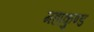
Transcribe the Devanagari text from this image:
महाकुण्ड